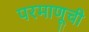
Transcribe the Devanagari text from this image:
परमाणूची